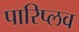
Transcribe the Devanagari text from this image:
पारिप्लव